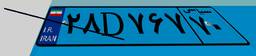
۹۴D۵۷۳۹۲